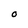
Character: O